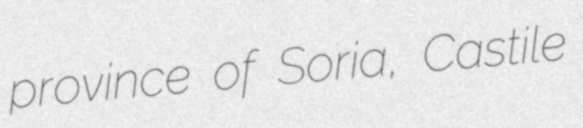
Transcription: province of Soria, Castile